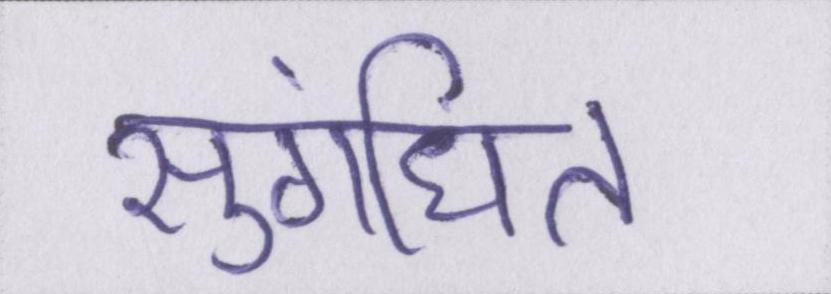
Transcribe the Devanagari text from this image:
सुगंधित